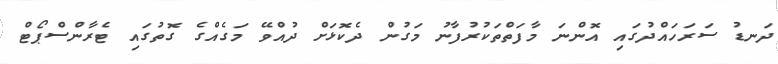
ދަނޑު ސަރަހައްދުގައި އޮންނަ މާފަތްތަކުރުފާނު މަގުން ދެކޮޅަށް ދުއްވޭ މަގެއްގެ ގޮތުގައި ޓެރާންސްޕޯޓް